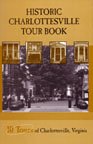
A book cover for Historic Charlottesville Tour Book, 10 Tours of Charlottesville, Virginia; Albemarle County Historical Society; Travel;